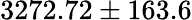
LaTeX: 3272.72\pm 163.6